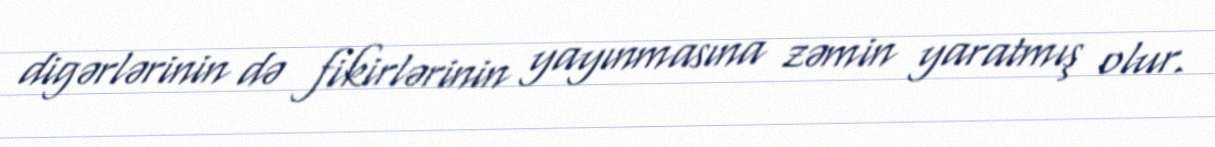
digərlərinin də fikirlərinin yayınmasına zəmin yaratmış olur.